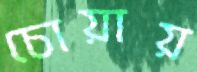
চোয়ায়